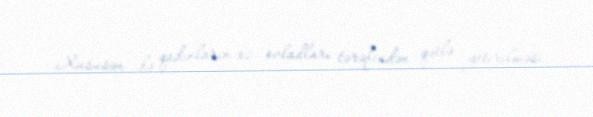
Xüsusən də qadınların öz övladları tərəfindən qətlə yetirilməsi,